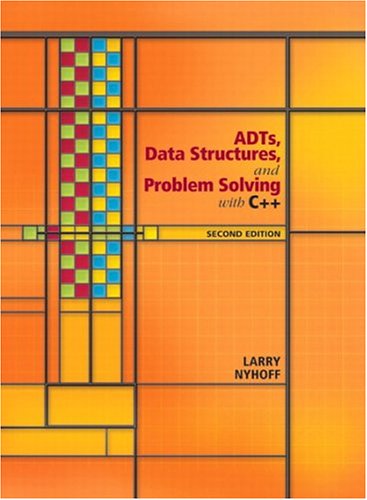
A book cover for ADTs, Data Structures, and Problem Solving with C++ (2nd Edition); Larry R. Nyhoff; Computers & Technology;